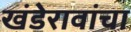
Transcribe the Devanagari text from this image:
खंडेरावांचा